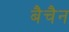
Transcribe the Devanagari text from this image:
बैचैन